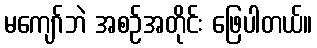
မကျော်ဘဲ အစဉ်အတိုင်း ဖြေပါတယ်။